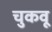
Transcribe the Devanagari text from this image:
चुकवू